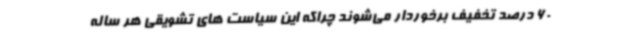
60 درصد تخفیف برخوردار می‌شوند چراکه این سیاست های تشویقی هر ساله